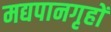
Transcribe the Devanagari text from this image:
मद्यपानगृहों